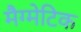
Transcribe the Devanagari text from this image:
मैग्मेटिक